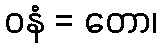
ဝနံ = တော၊